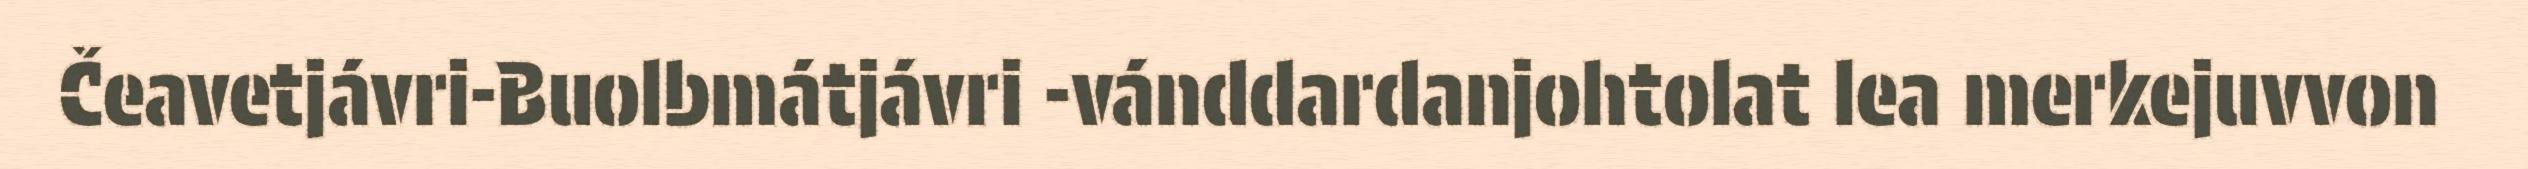
Čeavetjávri-Buolbmátjávri -vánddardanjohtolat lea merkejuvvon